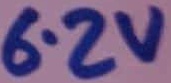
Text: 6.2V